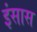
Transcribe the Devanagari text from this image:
इंसास